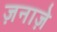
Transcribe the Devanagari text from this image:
ज़नाज़े